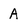
Character: A